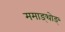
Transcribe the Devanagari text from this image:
ममाङ्थोङ्